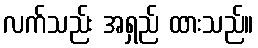
လက်သည်း အရှည် ထားသည်။